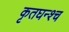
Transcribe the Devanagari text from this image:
कृतघन्श्च